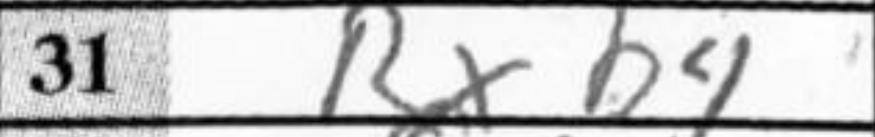
Transcription: Rxb4